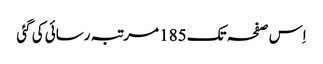
اِس صفحہ تک 185 مرتبہ رسائی کی گئی